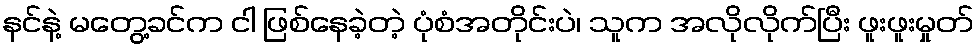
နင်နဲ့ မတွေ့ခင်က ငါ ဖြစ်နေခဲ့တဲ့ ပုံစံအတိုင်းပဲ၊ သူက အလိုလိုက်ပြီး ဖူးဖူးမှုတ်